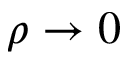
\rho \to 0